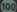
100